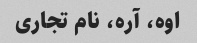
اوه، آره، نام تجاری